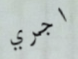
اجري